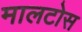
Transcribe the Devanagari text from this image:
मालटोस